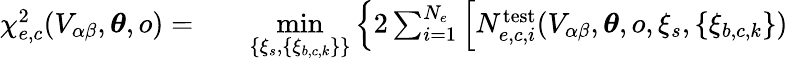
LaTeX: \begin{array}{rlr}{\chi_{e,c}^{2}(V_{\alpha\beta},\boldsymbol{\theta},o)=}&{{}}&{\underset{\left\{ \xi_{s},\{ \xi_{b,c,k}\} \right\} }{\mathrm{min}}\left\{ 2\sum_{i=1}^{N_{e}}\left[N_{e,c,i}^{\mathrm{test}}(V_{\alpha\beta},\boldsymbol{\theta},o,\xi_{s},\{ \xi_{b,c,k}\} )\right.\right.}\end{array}